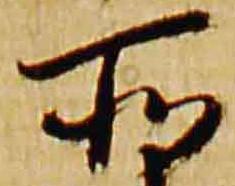
所